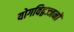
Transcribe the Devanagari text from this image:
योगविद्वज्जनों